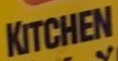
KITCHEN